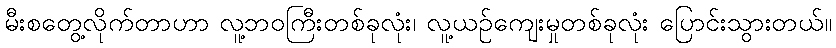
မီးစတွေ့လိုက်တာဟာ လူ့ဘဝကြီးတစ်ခုလုံး၊ လူ့ယဉ်ကျေးမှုတစ်ခုလုံး ပြောင်းသွားတယ်။